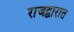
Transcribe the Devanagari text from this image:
राजद्वारात